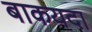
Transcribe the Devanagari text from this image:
बाकयदा